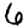
Digit: 6